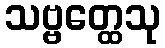
သဗ္ဗတ္ထေသု